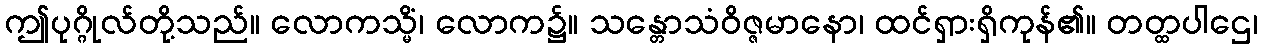
ဤပုဂ္ဂိုလ်တို့သည်။ လောကသ္မိံ၊ လောက၌။ သန္တောသံဝိဇ္ဇမာနော၊ ထင်ရှားရှိကုန်၏။ တတ္ထပါဌေ၊